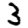
Digit: 3